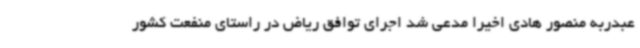
عبدربه منصور هادی اخیرا مدعی شد اجرای توافق ریاض در راستای منفعت کشور